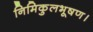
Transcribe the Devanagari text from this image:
निमिकुलभूषण।